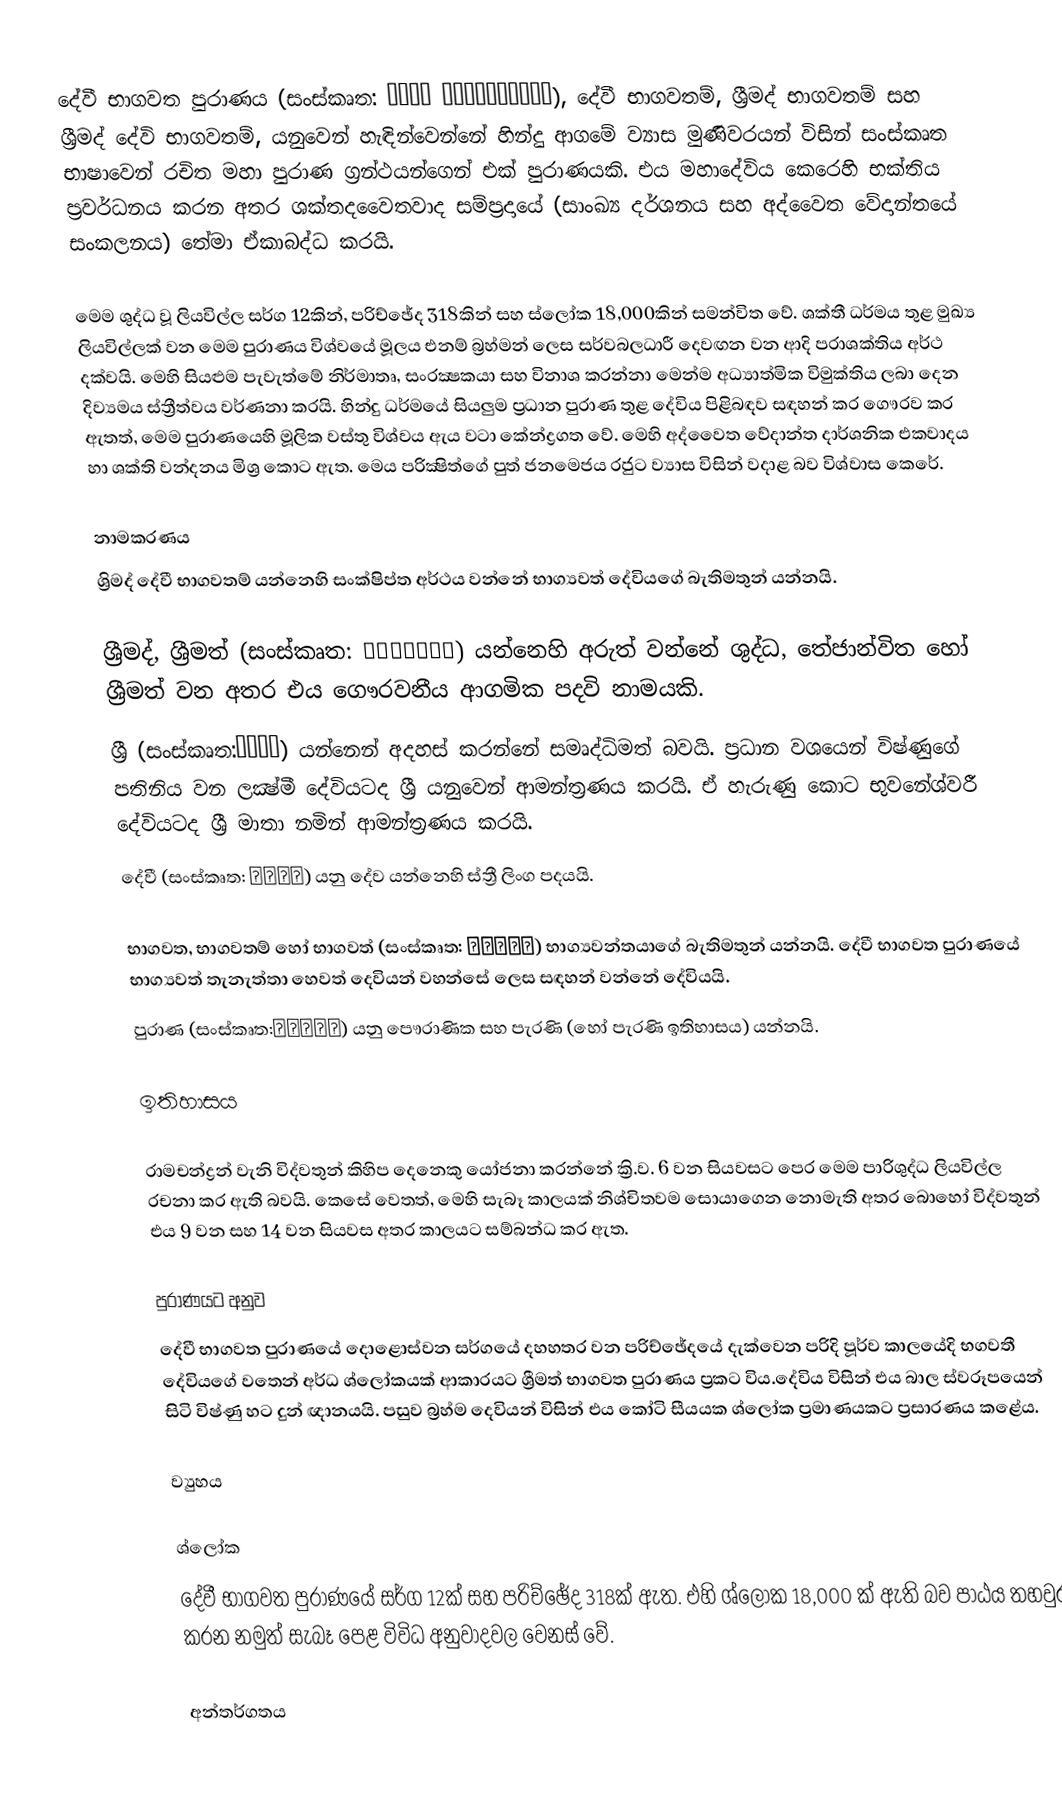
දේවී භාගවත පුරාණය (සංස්කෘත: देवी भागवतपुराण), දේවී භාගවතම්, ශ්‍රීමද් භාගවතම් සහ ශ්‍රීමද් දේවි භාගවතම්, යනුවෙන් හැඳින්වෙන්නේ හින්දු ආගමේ ව්‍යාස මුණිවරයන් විසින් සංස්කෘත භාෂාවෙන් රචිත මහා පුරාණ ග්‍රන්ථයන්ගෙන් එක් පුරාණයකි. එය මහාදේවිය කෙරෙහි භක්තිය ප්‍රවර්ධනය කරන අතර ශක්තදවෛතවාද සම්ප්‍රදායේ (සාංඛ්‍ය දර්ශනය සහ අද්වෛත වේදාන්තයේ සංකලනය) තේමා ඒකාබද්ධ කරයි.

මෙම ශුද්ධ වූ ලියවිල්ල සර්ග 12කින්, පරිච්ඡේද 318කින් සහ ස්ලෝක 18,000කින් සමන්විත වේ. ශක්තී ධර්මය තුළ මුඛ්‍ය ලියවිල්ලක් වන මෙම පුරාණය විශ්වයේ මූලය එනම් බ්‍රහ්මන් ලෙස සර්වබලධාරී දෙවඟන වන ආදි පරාශක්තිය අර්ථ දක්වයි. මෙහි සියළුම පැවැත්මේ නිර්මාතෘ, සංරක්‍ෂකයා සහ විනාශ කරන්නා මෙන්ම අධ්‍යාත්මික විමුක්තිය ලබා දෙන දිව්‍යමය ස්ත්‍රීත්වය වර්ණනා කරයි. හින්දු ධර්මයේ සියලුම ප්‍රධාන පුරාණ තුළ දේවිය පිළිබඳව සඳහන් කර ගෞරව කර ඇතත්, මෙම පුරාණයෙහි මූලික වස්තු විශ්වය ඇය වටා කේන්ද්‍රගත වේ. මෙහි අද්වෛත වේදාන්ත දාර්ශනික එකවාදය හා ශක්ති වන්දනය මිශ්‍ර කොට ඇත. මෙය පරික්‍ෂිත්ගේ පුත් ජනමෙජය රජුට ව්‍යාස විසින් වදාළ බව විශ්වාස කෙරේ.

නාමකරණය
ශ්‍රිමද් දේවී භාගවතම් යන්නෙහි සංක්ෂිප්ත අර්ථය වන්නේ භාග්‍යවත් දේවියගේ බැතිමතුන්  යන්නයි.

 ශ්‍රීමද්, ශ්‍රීමත් (සංස්කෘත: श्रीमत्) යන්නෙහි අරුත් වන්නේ ශුද්ධ, තේජාන්විත හෝ ශ්‍රීමත් වන අතර එය ගෞරවනීය ආගමික පදවි නාමයකි.
ශ්‍රී (සංස්කෘත:श्री) යන්නෙන් අදහස් කරන්නේ සමෘද්ධිමත් බවයි. ප්‍රධාන වශයෙන් විෂ්ණුගේ පතිනිය වන ලක්‍ෂ්මී දේවියටද ශ්‍රී යනුවෙන් ආමන්ත්‍රණය කරයි. ඒ හැරුණු කොට භුවනේශ්වරී දේවියටද ශ්‍රී මාතා නමින් ආමන්ත්‍රණය කරයි.
 දේවී (සංස්කෘත: देवी) යනු දේව යන්නෙහි ස්ත්‍රී ලිංග පදයයි.

 භාගවත, භාගවතම් හෝ භාගවත් (සංස්කෘත: भागवत) භාග්‍යවන්තයාගේ බැතිමතුන් යන්නයි. දේවී භාගවත පුරාණයේ භාග්‍යවත් තැනැත්තා හෙවත් දෙවියන් වහන්සේ ලෙස සඳහන් වන්නේ දේවියයි.
පුරාණ (සංස්කෘත:पुराण) යනු පෞරාණික සහ පැරණි (හෝ පැරණි ඉතිහාසය) යන්නයි.

ඉතිහාසය

රාමචන්ද්‍රන් වැනි විද්වතුන් කිහිප දෙනෙකු යෝජනා කරන්නේ ක්‍රි.ව. 6 වන සියවසට පෙර මෙම පාරිශුද්ධ ලියවිල්ල රචනා කර ඇති බවයි. කෙසේ වෙතත්, මෙහි සැබෑ කාලයක් නිශ්චිතවම  සොයාගෙන නොමැති අතර බොහෝ විද්වතුන් එය 9 වන සහ 14 වන සියවස අතර කාලයට සම්බන්ධ කර ඇත.

පුරාණයට අනුව
දේවී භාගවත පුරාණයේ දොළොස්වන සර්ගයේ දහහතර වන පරිච්ඡේදයේ දැක්වෙන පරිදි පූර්ව කාලයේදි භගවතී දේවියගේ වතෙන් අර්ධ ශ්ලෝකයක් ආකාරයට ශ්‍රීමත් භාගවත පුරාණය ප්‍රකට විය.දේවිය විසින් එය බාල ස්වරූපයෙන් සිටි විෂ්ණු හට දුන් ඥානයයි. පසුව බ්‍රහ්ම දෙවියන් විසින් එය කෝටි සීයයක ශ්ලෝක ප්‍රමාණයකට ප්‍රසාරණය කළේය.

ව්‍යුහය

ශ්ලෝක
දේවී භාගවත පුරාණයේ සර්ග 12ක් සහ පරිච්ඡේද 318ක් ඇත. එහි ශ්ලෝක 18,000 ක් ඇති බව පාඨය තහවුරු කරන නමුත් සැබෑ පෙළ විවිධ අනුවාදවල වෙනස් වේ.

අන්තර්ගතය